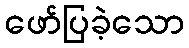
ဖော်ပြခဲ့သော